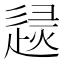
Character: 𨓶